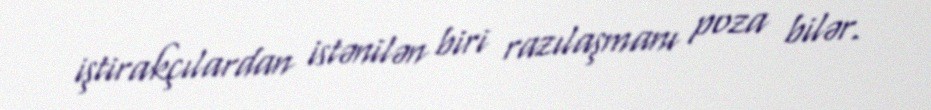
iştirakçılardan istənilən biri razılaşmanı poza bilər.